system: You are a helpful assistant.
user:
Analyze the provided spectrum to determine if it is a **S-type Star**.

- **Key Indicators for S-type Star:**

    - **(Overall Spectrum Shape):** The first and most obvious characteristic is the overall continuum (the "baseline" shape). It is **extremely "red-sloping,"** meaning the flux (light intensity) is very low on the left side (blue, ~4000-4500 Å) and rises steeply and continuously toward the right side (red, ~7000 Å+).

    - **(Primary):** The spectrum is defined by the presence of strong, broad molecular absorption "valleys" (bands) from **Zirconium Oxide (ZrO)**. The identification of these bands is the **primary requirement** for classifying a star as S-type.
        - **(Key Bandheads):** You must find distinct, deep "dips" where the light has been absorbed. The most critical band systems to locate are:
            - **~6474 Å** ($\gamma$-system): This is often the strongest and clearest ZrO feature, found in the red part of the spectrum.
            - **~5718 Å** & **~5551 Å** ($\beta$-system): A pair of prominent absorption features in the yellow-orange part of the spectrum.
            - **~4640 Å** ($\alpha$-system): A key absorption band system in the blue-green region of the spectrum.

    - **(Secondary Confirmation):** The classification is strengthened by finding additional absorption bands from other related heavy element oxides, which are expected to be present alongside ZrO.
        - **(Key Bandheads):**
            - **Yttrium Oxide (YO):** Look for absorption dips near **~4800 Å** and **~6100 Å**.
            - **Lanthanum Oxide (LaO):** Additional absorption features, particularly in the red-orange part of the spectrum, are also characteristic.

    - **(Line Profile):** The combination of the steep red continuum and these numerous, deep molecular bands (ZrO, YO, etc.) gives the entire spectrum a very **"chopped-up"** or **"bumpy"** appearance. Instead of a smooth curve, the spectrum looks as though large, wide chunks of light have been "carved out" of it at the specific wavelengths listed above.

Think first, call **spectral_visualization_tool** if needed to examine features in detail, then provide your final answer. Your response must adhere to the following strict rules:
1.  **Overall Structure:** Your response must follow the format `<think>...</think> <tool_call>...</tool_call> (if a tool is used) <answer>...</answer>`.
2.  **Tool Usage Constraint:** You may only make **one** tool call per turn.
3.  **Final Answer Format:** In the `<answer>` tag, your conclusion must be inside a `\boxed{}` command (e.g., `\boxed{YES}` or `\boxed{NO}`), followed by your justification.

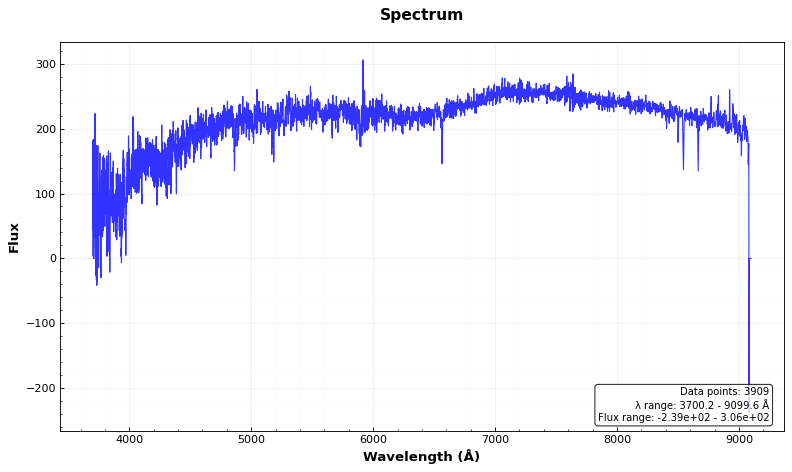
Answer: NO